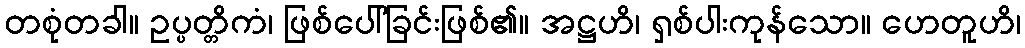
တစုံတခါ။ ဥပ္ပတ္တိကံ၊ ဖြစ်ပေါ်ခြင်းဖြစ်၏။ အဋ္ဌဟိ၊ ရှစ်ပါးကုန်သော။ ဟေတူဟိ၊